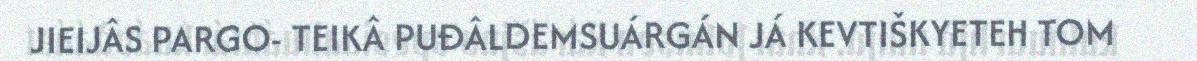
JIEIJÂS PARGO- TEIKÂ PUĐÂLDEMSUÁRGÁN JÁ KEVTIŠKYETEH TOM